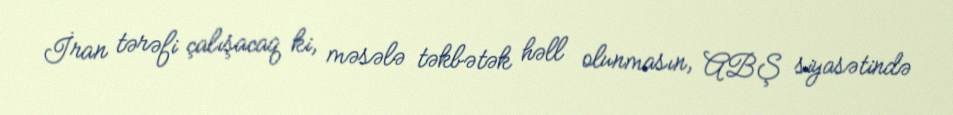
İran tərəfi çalışacaq ki, məsələ təkbətək həll olunmasın, ABŞ siyasətində